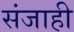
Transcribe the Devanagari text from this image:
संजाही